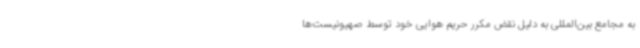
به مجامع بین‌المللی به دلیل نقض مکرر حریم هوایی خود توسط صهیونیست‌ها